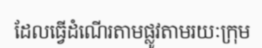
ដែលធ្វើដំណើរតាមផ្លូវតាមរយៈក្រុម